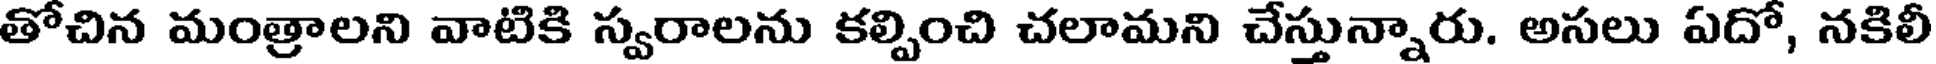
తోచిన మంత్రాలని వాటికి స్వరాలను కల్పించి చలామని చేస్తున్నారు. అసలు ఏదో, నకిలీ